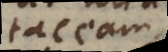
taceam,